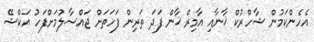
އެހެންކަމުން ޝާހްރުކް ޚާނާއި އާމިރް ޚާން ފަދަ ތަރިން ފަހަތަށް ޖައްސާލުމަށްފަހު އަކްޝޭ